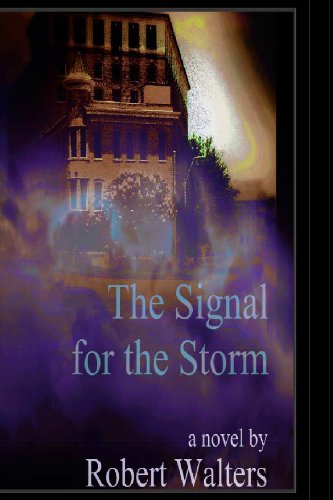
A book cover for The Signal For The Storm: A Novel; Robert D Walters; Literature & Fiction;